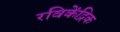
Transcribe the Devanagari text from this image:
रविकेंद्रिक